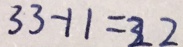
3 3 - 1 1 = 2 2